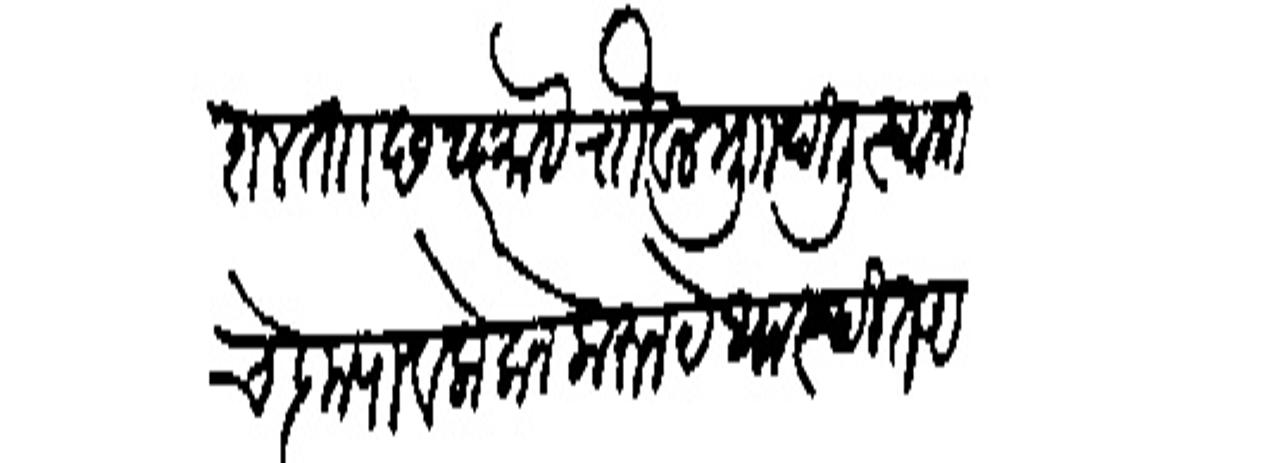
Transliteration (Devanagari): कुशाल ताा छ २६ माहे रोोवल मुाा दिली स्वामीचे कुपावलोकनेकरन येथास्थित असे